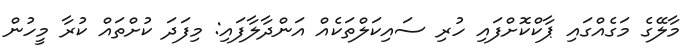
މާލޭގެ މަގެއްގައި ޕާކްކޮށްފައި ހުރި ސައިކަލްތަކެއް އަންދާލާފައި: މިފަދަ ކުށްތައް ކުރާ މީހުން